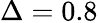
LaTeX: \Delta=0.8